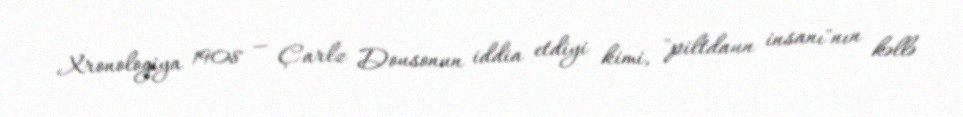
Xronologiya 1908 — Çarlz Dousonun iddia etdiyi kimi, "piltdaun insanı"nın kəllə